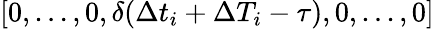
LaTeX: [0,...,0,\delta(\Delta t_{i}+\Delta T_{i}-\tau),0,...,0]